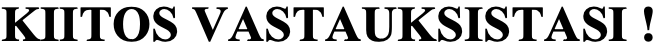
KIITOS VASTAUKSISTASI !